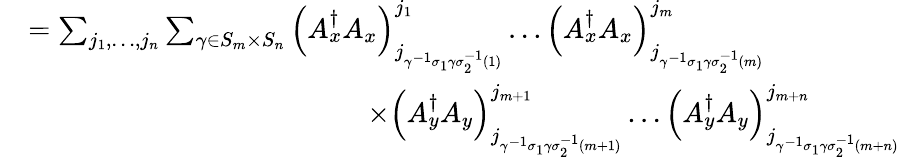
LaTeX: \begin{array}{rl}{}&{=\sum_{j_{1},\dots,j_{n}}\sum_{\gamma\in S_{m}\times S_{n}}\left(A_{x}^{\dagger}A_{x}\right)_{j_{\gamma^{-1}\sigma_{1}\gamma\sigma_{2}^{-1}(1)}}^{j_{1}}\dots\left(A_{x}^{\dagger}A_{x}\right)_{j_{\gamma^{-1}\sigma_{1}\gamma\sigma_{2}^{-1}(m)}}^{j_{m}}}\\ {}&{\qquad\qquad\qquad\qquad\qquad\qquad\times\left(A_{y}^{\dagger}A_{y}\right)_{j_{\gamma^{-1}\sigma_{1}\gamma\sigma_{2}^{-1}(m+1)}}^{j_{m+1}}\dots\left(A_{y}^{\dagger}A_{y}\right)_{j_{\gamma^{-1}\sigma_{1}\gamma\sigma_{2}^{-1}(m+n)}}^{j_{m+n}}}\end{array}